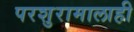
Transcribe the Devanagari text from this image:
परशुरामालाही